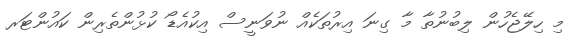
މި ހިލޭޖެހުން ލިބުނުތާ މާ ގިނަ އިރުތަކެއް ނުވަނީސް އިކުއެޑޯ ކުޅުންތެރިން ކައުންޓަރ